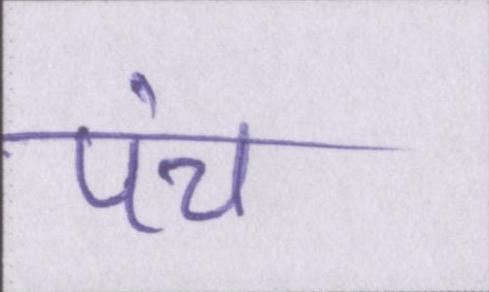
पंच